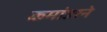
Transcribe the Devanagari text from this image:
कमांडरने